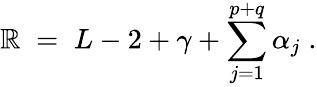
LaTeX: \mathbb{R}\; =\; L-2+\gamma+\sum_{j=1}^{p+q}\alpha_{j}\; .